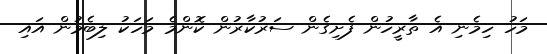
މަހު ހިމެނި އެ ތާރީހުން ފެށިގެން ސަރުކާރުން ކޮންމެ މަހަކު ލިބެމުން އައި